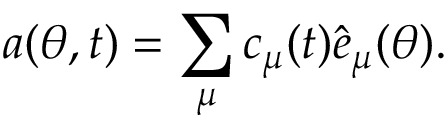
a ( \theta , t ) = \sum _ { \mu } c _ { \mu } ( t ) { \hat { e } _ { \mu } ( \theta ) } .